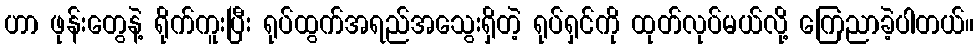
ဟာ ဖုန်းတွေနဲ့ ရိုက်ကူးပြီး ရုပ်ထွက်အရည်အသွေးရှိတဲ့ ရုပ်ရှင်ကို ထုတ်လုပ်မယ်လို့ ကြေညာခဲ့ပါတယ်။